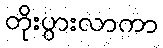
တိုးပွားလာကာ